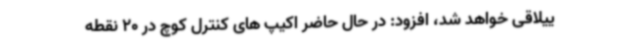
ییلاقی خواهد شد، افزود: در حال حاضر اکیپ های کنترل کوچ در 20 نقطه